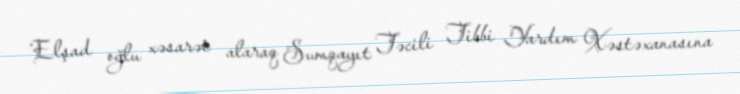
Elşad oğlu xəsarət alaraq Sumqayıt Təcili Tibbi Yardım Xəstəxanasına